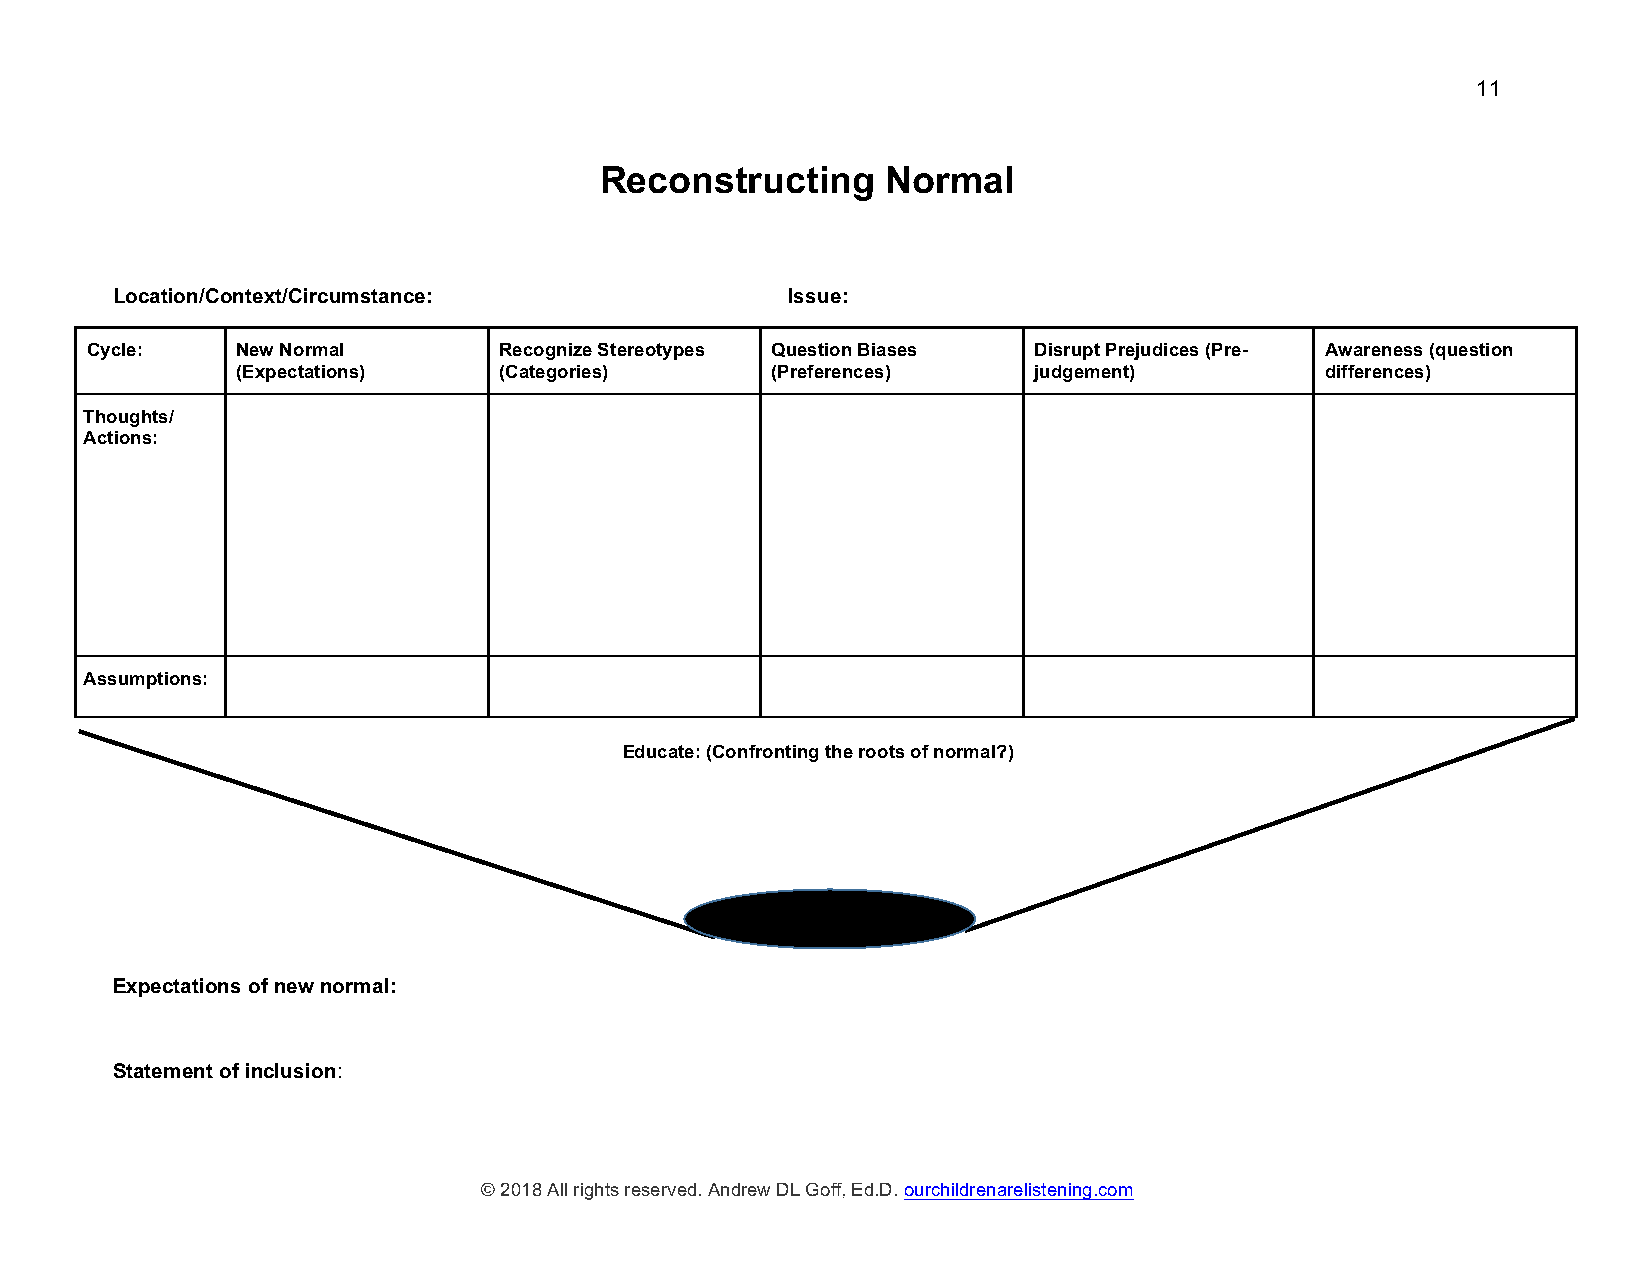
11
 Reconstructing     Normal
 Location/Context/Circumstance:               Issue:
 Cycle:    New Normal       Recognize Stereotypes Question Biases Disrupt Prejudices (Pre- Awareness (question
 (Expectations)   (Categories)      (Preferences)    judgement)          differences)
 Thoughts/
 Actions:
 Assumptions:
 Educate: (Confronting the roots of normal?)
 Expectations of new normal:
 Statement of inclusion:
 © 2018 All rights reserved. Andrew DL Goff, Ed.D. ourchildrenarelistening.com